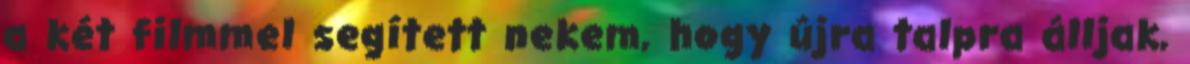
a két filmmel segített nekem, hogy újra talpra álljak,